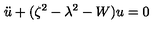
\ddot { u } + ( \zeta ^ { 2 } - \lambda ^ { 2 } - W ) u = 0